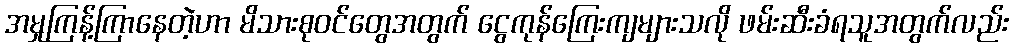
အမှုကြန့်ကြာနေတဲ့ဟာ မိသားစုဝင်တွေအတွက် ငွေကုန်ကြေးကျများသလို ဖမ်းဆီးခံရသူအတွက်လည်း